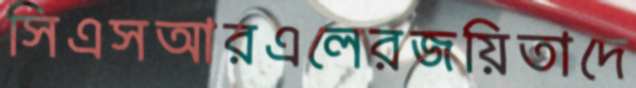
সিএসআরএলেরজয়িতাদে